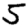
Digit: 5